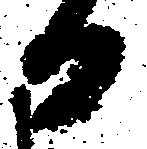
日